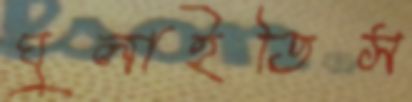
ঘুলাইতিস